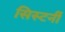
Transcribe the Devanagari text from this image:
सिस्टर्नी